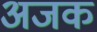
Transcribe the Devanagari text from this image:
अजक